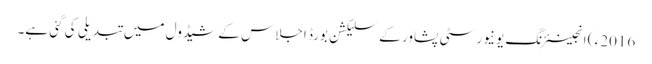
2016ء ) انجینئرنگ یونیورسٹی پشاور کے سلیکشن بورڈ اجلاس کے شیڈول میں تبدیلی کی گئی ہے۔